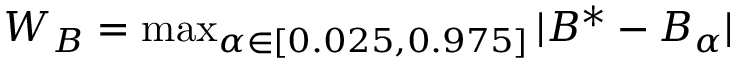
\begin{array} { r } { W _ { B } = \operatorname* { m a x } _ { \alpha \in [ 0 . 0 2 5 , 0 . 9 7 5 ] } | B ^ { * } - B _ { \alpha } | } \end{array}